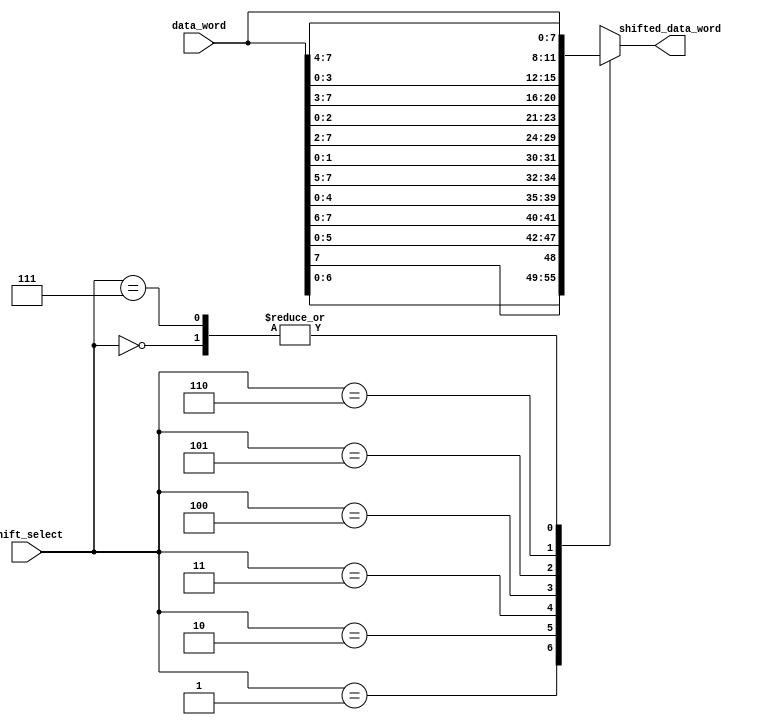
module circular_barrel_shifter (
    input [7:0] data_word,
    input [2:0] shift_select,
    output reg [7:0] shifted_data_word
);

always @(*) begin
    case(shift_select)
        3'b000: shifted_data_word = data_word; // No shift
        3'b001: shifted_data_word = {data_word[6:0], data_word[7]}; // Shift right by 1 bit
        3'b010: shifted_data_word = {data_word[5:0], data_word[7:6]}; // Shift right by 2 bits
        3'b011: shifted_data_word = {data_word[4:0], data_word[7:5]}; // Shift right by 3 bits
        3'b100: shifted_data_word = {data_word[1:0], data_word[7:2]}; // Shift left by 1 bit
        3'b101: shifted_data_word = {data_word[2:0], data_word[7:3]}; // Shift left by 2 bits
        3'b110: shifted_data_word = {data_word[3:0], data_word[7:4]}; // Shift left by 3 bits
        3'b111: shifted_data_word = data_word; // No shift
    endcase
end

endmodule